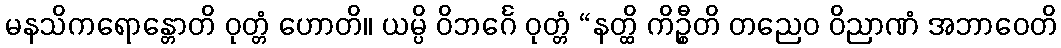
မနသိကရောန္တောတိ ဝုတ္တံ ဟောတိ။ ယမ္ပိ ဝိဘင်္ဂေ ဝုတ္တံ “နတ္ထိ ကိဉ္စီတိ တညေဝ ဝိညာဏံ အဘာဝေတိ